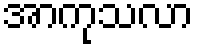
အာကုသလာ